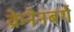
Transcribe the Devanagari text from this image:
क्रेनेनबर्ग